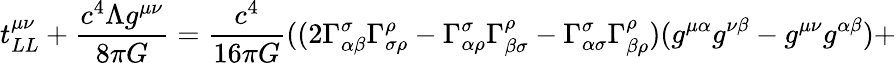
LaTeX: t_{LL}^{\mu\nu}+{\frac{c^{4}\Lambda g^{\mu\nu}}{8\pi G}}={\frac{c^{4}}{16\pi G}}((2\Gamma_{\alpha\beta}^{\sigma}\Gamma_{\sigma\rho}^{\rho}-\Gamma_{\alpha\rho}^{\sigma}\Gamma_{\beta\sigma}^{\rho}-\Gamma_{\alpha\sigma}^{\sigma}\Gamma_{\beta\rho}^{\rho})(g^{\mu\alpha}g^{\nu\beta}-g^{\mu\nu}g^{\alpha\beta})+